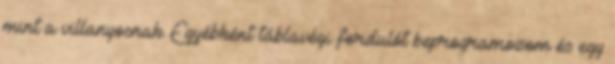
mint a villanyosnak. Egyébként táblavégi fordulót beprogramozom és egy